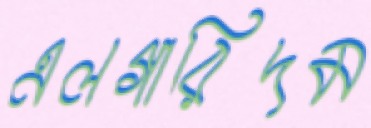
এলগারিদম